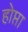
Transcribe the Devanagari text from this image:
होप्ता